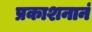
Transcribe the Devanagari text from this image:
प्रकाशनानं